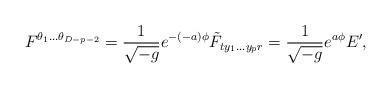
LaTeX: \begin{align*}F^{\theta_1\dots \theta_{D-p-2}}={1\over \sqrt{-g}}e^{-(-a)\phi}\tilde{F}_{ty_1\dots y_p r}={1\over \sqrt{-g}}e^{a\phi}E',\end{align*}